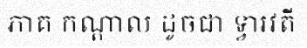
ភាគ កណ្តាល ដូចជា ទ្វារវតី